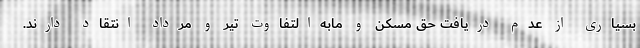
بسیاری از عدم دریافت حق مسکن و مابه‌التفاوت تیر و مرداد انتقاد دارند.